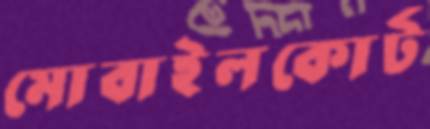
মোবাইলকোর্ট